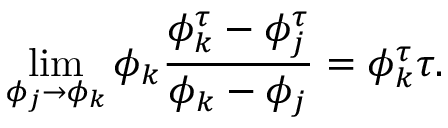
\operatorname* { l i m } _ { \phi _ { j } \to \phi _ { k } } \phi _ { k } \frac { \phi _ { k } ^ { \tau } - \phi _ { j } ^ { \tau } } { \phi _ { k } - \phi _ { j } } = \phi _ { k } ^ { \tau } \tau .